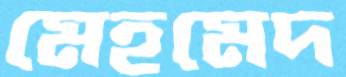
মেহমেদ